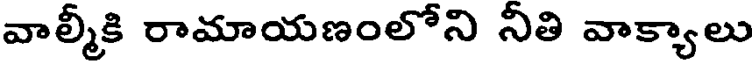
వాల్మీకి రామాయణంలోని నీతి వాక్యాలు